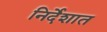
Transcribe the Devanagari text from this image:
निर्देशात